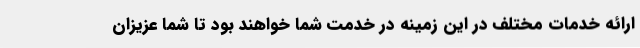
ارائه خدمات مختلف در این زمینه در خدمت شما خواهند بود تا شما عزیزان